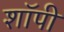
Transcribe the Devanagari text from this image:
शाॅपी